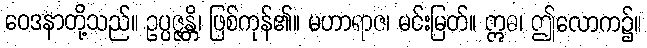
ဝေဒနာတို့သည်။ ဥပ္ပဇ္ဇန္တိ၊ ဖြစ်ကုန်၏။ မဟာရာဇ၊ မင်းမြတ်။ ဣဓ၊ ဤလောက၌။